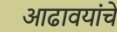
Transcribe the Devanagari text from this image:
आढावयांचे